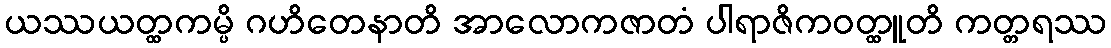
ယဿယတ္ထကမ္ပိ ဂဟိတေနာတိ အာလောကဇာတံ ပါရာဇိကဝတ္ထူတိ ကတ္တရဿ